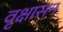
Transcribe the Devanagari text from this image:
वृक्षासन